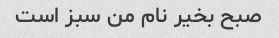
صبح بخیر نام من سبز است